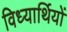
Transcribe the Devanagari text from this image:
विध्यार्थियों